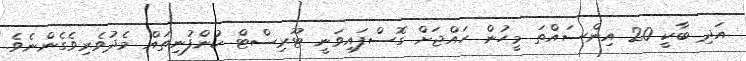
އަދި ބާކީ 20 އިންސައްތަ މީހުން ހައްޖަށް ގޮސްފައިވަނީ ޓޫރިސްޓް ކުންފުނިތައް މެދުވެރިވެގެންނެވެ.